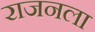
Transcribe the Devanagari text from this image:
राजनला